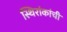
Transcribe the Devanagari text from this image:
स्थिरांकांची